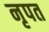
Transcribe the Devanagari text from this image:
नृपत